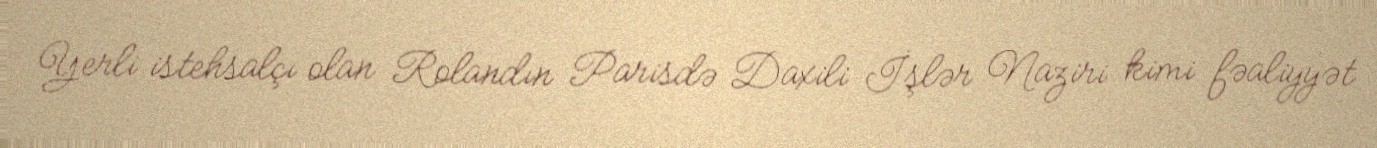
Yerli istehsalçı olan Rolandın Parisdə Daxili İşlər Naziri kimi fəaliyyət